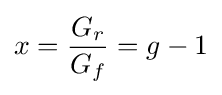
x={\frac {G_{r}}{G_{f}}}=g-1